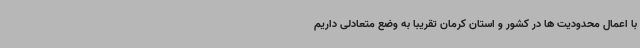
با اعمال محدودیت ها در کشور و استان کرمان تقریبا به وضع متعادلی داریم